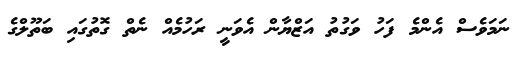
ނަމަވެސް އެންމެ ފަހު ވަގުތު އަޒްޔާން އެވަނީ ރަހުމެއް ނެތް ގޮތުގައި ބަތޫލްގެ